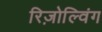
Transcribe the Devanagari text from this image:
रिज़ोल्विंग